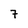
Character: 7